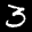
Label: 3